Vaccine operations Central Provinces 1868-1885 - 1868-1885
Year: 1868
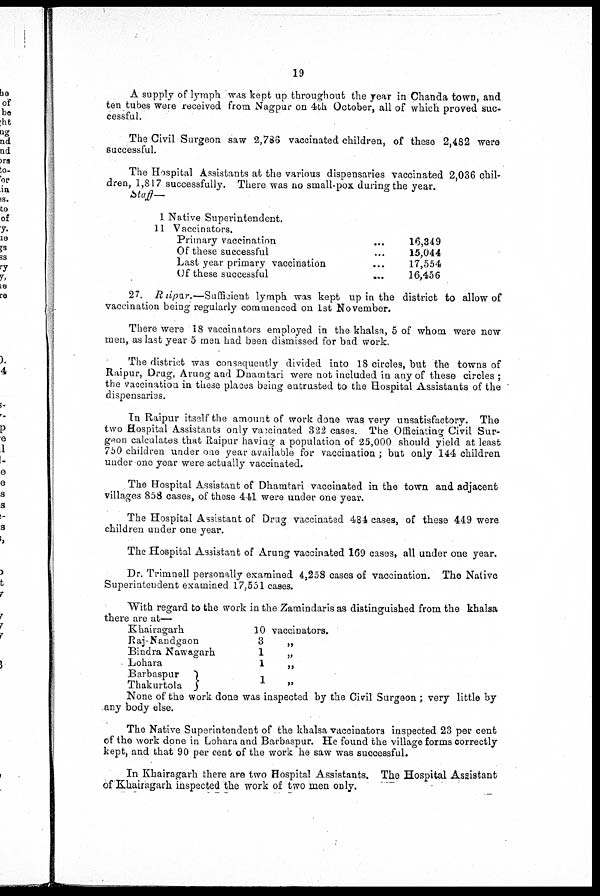
19
A supply of lymph WAS kept up throughout the year in Chanda town, and
ten tubes were received from Nagpur on 4th October, all of which proved suc-
cessful.
The Civil Surgeon saw 2,786 vaccinated children, of these 2,482 were
successful.
The Hospital Assistants at the various dispensaries vaccinated 2,036 chil-
dren, 1,817 successfully. There was no small-pox during the year.
Staff—
1 Native Superintendent.
11 Vaccinators.
Primary vaccination... ...
Of these successful... ...
Last year primary vaccination... ...
Of these successful... ...
16,349
15,044
17,554
16,456
27. Raipur.—Sufficient lymph was kept up in the district to allow of
vaccination being regularly commenced on 1st November.
There were 18 vaccinators employed in the khalsa, 5 of whom were new
men, as last year 5 men had been dismissed for bad work.
The district was consequently divided into 18 circles, but the towns of
Raipur, Drug, Arung and Dnamtari were not included in any of these circles ;
the vaccination in these places being entrusted to the Hospital Assistants of the
dispensaries.
In Raipur itself the amount of work done was very unsatisfactory. The
two Hospital Assistants only vaccinated 322 cases. The Officiating Civil Sur-
geon calculates that Raipur having a population of 25,000 should yield at least
750 children under one year available for vaccination; but only 144 children
under one year were actually vaccinated.
The Hospital Assistant of Dhamtari vaccinated in the town and adjacent
villages 858 cases, of these 441 were under one year.
The Hospital Assistant of Drug vaccinated 484 cases, of these 449 were
children under one year.
The Hospital Assistant of Arung vaccinated 169 cases, all under one year.
Dr. Trimnell personally examined 4,258 cases of vaccination. The Native
Superintendent examined 17,551 cases.
With regard to the work in the Zamindaris as distinguished from the khalsa
there are at—
Khairagarh... ...
Raj-Nandgaon... ...
Bindra Nawagarh... ...
Lohara... ...
Barbaspur... ...
Thakurtola... ... ...
10
3
1
1
1
vaccinators.
„
„
„
„
None of the work done was inspected by the Civil Surgeon ; very little by
any body else.
The Native Superintendent of the khalsa vaccinators inspected 23 per cent
of the work done in Lohara and Barbaspur. He found the village forms correctly
kept, and that 90 per cent of the work he saw was successful.
In Khairagarh there are two Hospital Assistants. The Hospital Assistant
of Khairagarh inspected the work of two men only.